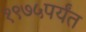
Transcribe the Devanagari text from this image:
१९७५पर्यंत